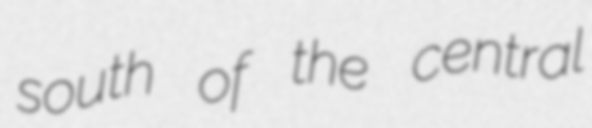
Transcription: south of the central